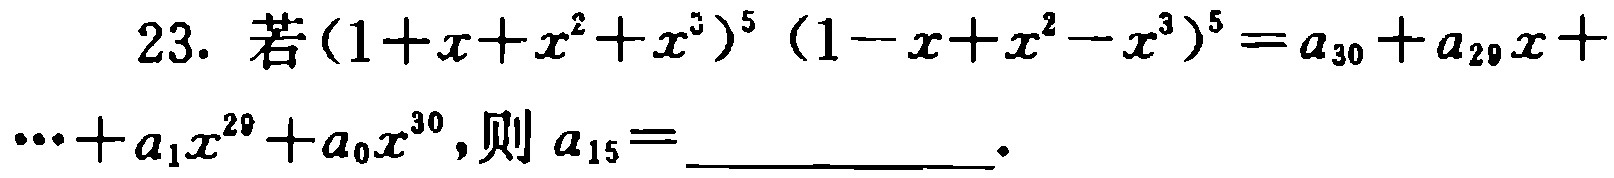
23. 若\((1 + x + x^{2}+x^{3})^{5}(1 - x + x^{2}-x^{3})^{5}=a_{30}+a_{29}x+\cdots +a_{1}x^{29}+a_{0}x^{30}\)，则\(a_{15}=\) __________.